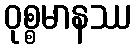
ဝုစ္စမာနဿ